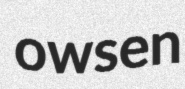
owsen